NAE_ERA_R-2632_ENSV_TA_Emakeele_Selts_1945-1955, lk 134
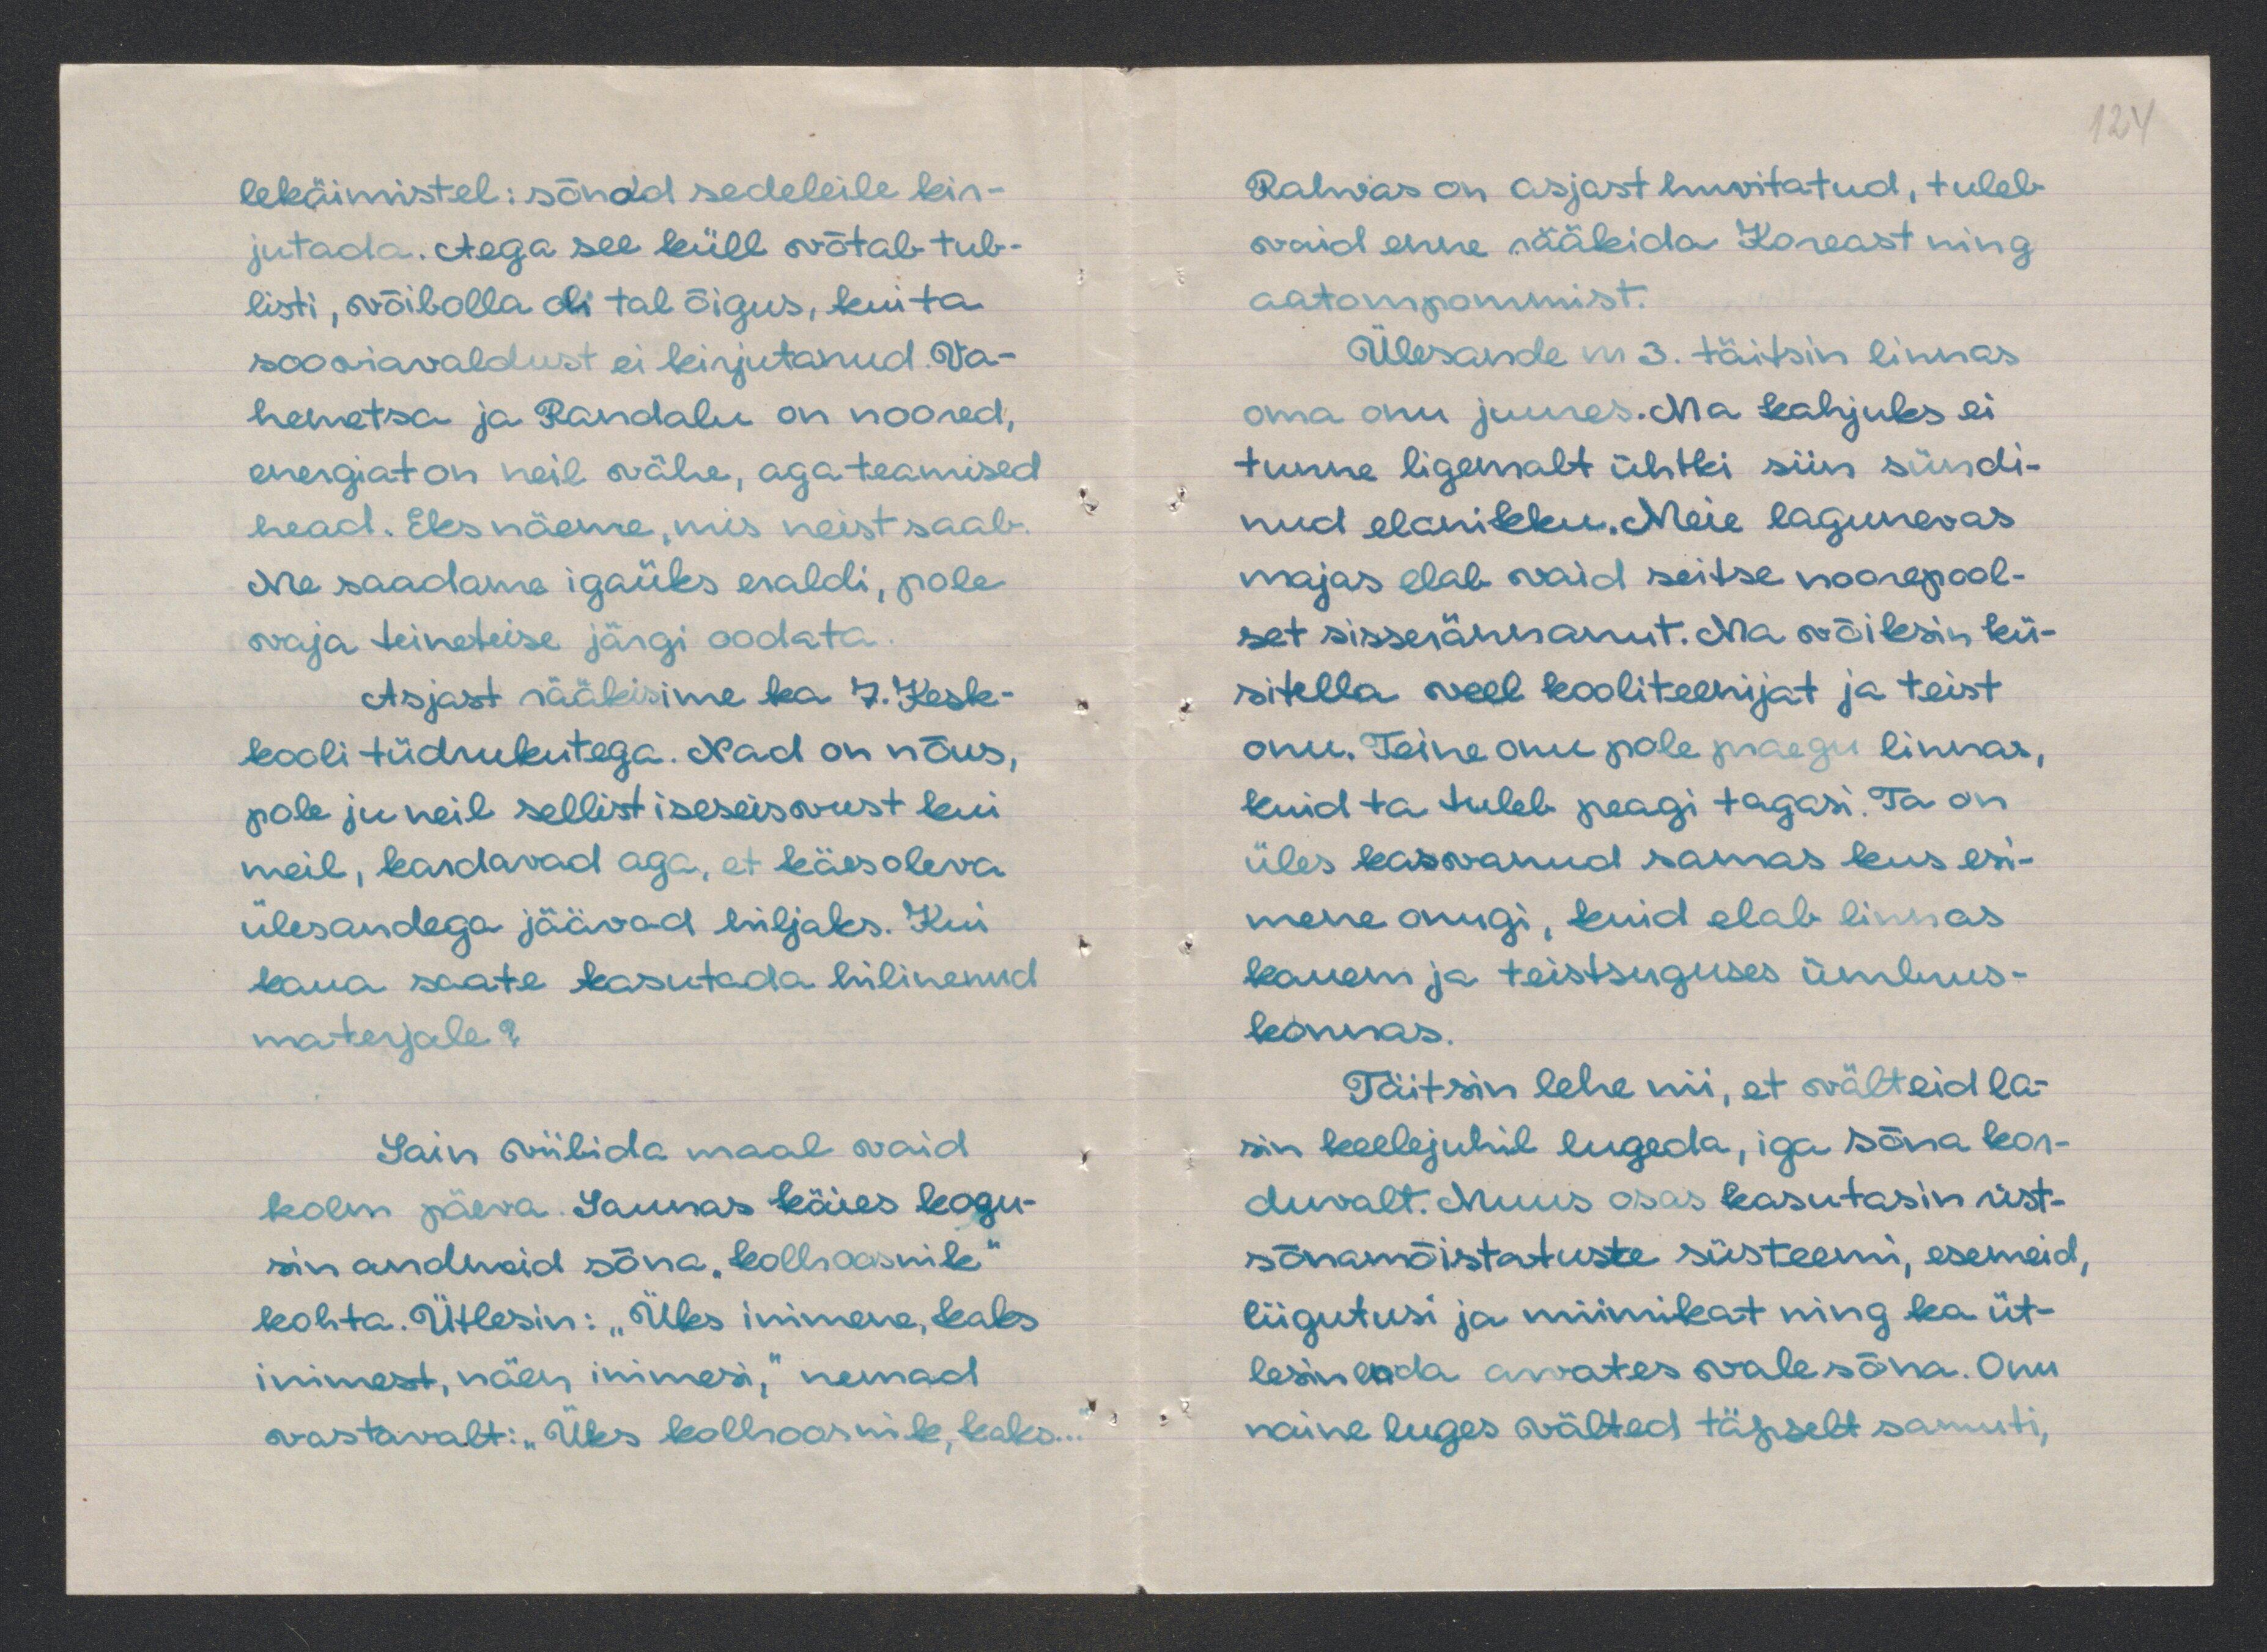
lekäimistel: sõnad sedeleile kir-
jutada. Aega see küll võtab tub-
listi, võibolla oli tal õigus, kui ta
sooviavaldust ei kirjutanud. Va-
hemetsa ja Randalu on noored,
energiat on neil vähe, aga teamised
head. Eks näeme, mis neist saab
Me saadame igaüks eraldi, pole
vaja teineteise järgi oodata.
Asjast rääkisime ka 7. Kesk-
kooli tüdrukutega. Nad on nõus,
pole ju neil sellist iseseisvust leni
meil, kardavad aga, et käesoleva
ülesandega jäävad hiiljaks. Kui
kaua seate lasutada hilinenud
materjale?
Sain viibida maal vaid
kolm päeva Saunas käies kogu-
sin andmeid sõna "kolhoosnik"
kohta. Ütlesin: "Üks inimene, kaks
inimest, näen inimesi," nemad
vastavalt: "Üks kolhoosnik, kaks..

Rahvas on asjast huvitatud, tuleb
vaid enne rääkida Koreast ning
aatompommist.
Ülesande nr 3. täitsin linnas
oma oni juures. Ma kahjuks ei
tunne ligemalt ühtki siin sündi-
nud elanikku. Meie lagunevas
majas elab vaid seitse noorepool-
set sisserännanut. Ma võiksin kü-
sitella veel kooliteenijat ja teist
onu. Teine onu pole praegu linnas,
kuid ta tuleb peagi tagasi. Ta on
üles kasvanud samas kus esi-
mene onugi, kuid elab linnas
kauem ja teistsuguses ümbrus-
konnas.
Täitsin lehe nii, et välteid la-
sin keelejuhil lugeda, iga sõna kor-
duvalt. Muus osas kasutasin rist-
sõnamõistatuste süsteemi, esemeid,
liigutusi ja miimikat ning ka üt-
lesin enda arvates valesõna. Onu
naine luges välted täpselt samuti,

124